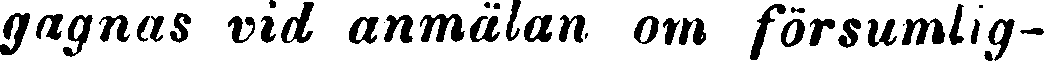
gagnas vid anmälan om försumlig-